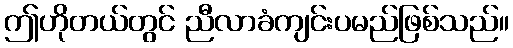
ဤဟိုတယ်တွင် ညီလာခံကျင်းပမည်ဖြစ်သည်။